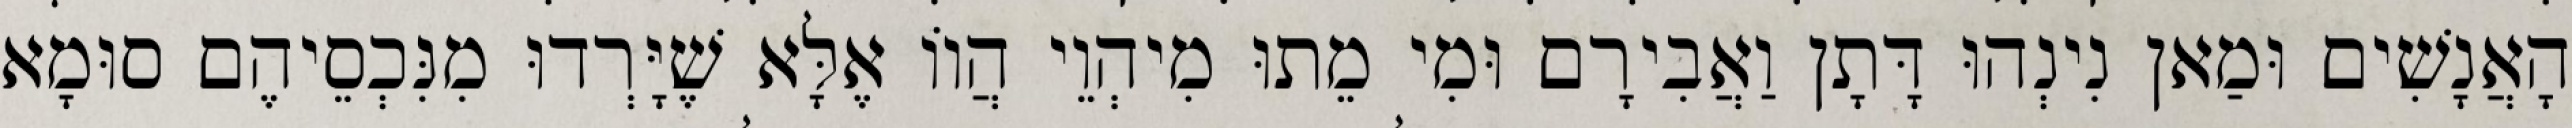
הָאֲנָשִׁים וּמַאן נִינְהוּ דָּתָן וַאֲבִירָם וּמִי מֵתוּ מִיהְוֵי הֲווֹ אֶלָּא שֶׁיָּרְדוּ מִנִּכְסֵיהֶם סוּמָא